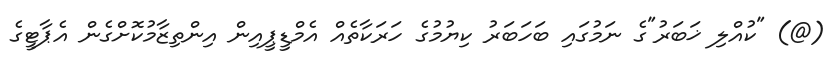
(@) "ކުއްލި ޚަބަރު"ގެ ނަމުގައި ބަހަބަރު ކިޔުމުގެ ހަރަކާތެއް އެމްޑީޕީއިން އިންތިޒާމުކޮށްގެން އެޕާޓީގެ